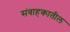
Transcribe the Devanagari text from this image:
संवाहकातील